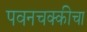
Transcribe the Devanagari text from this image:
पवनचक्कीचा